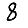
Digit: 8